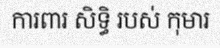
ការពារ សិទ្ធិ របស់ កុមារ